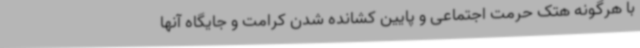
با هرگونه هتک حرمت اجتماعی و پایین کشانده شدن کرامت و جایگاه آنها